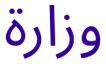
وزارة